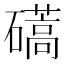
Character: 𥖰